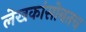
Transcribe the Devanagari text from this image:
लेखकांसोबतच